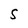
Character: S